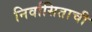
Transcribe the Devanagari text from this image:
निर्वासिताची